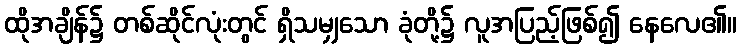
ထိုအချိန်၌ တစ်ဆိုင်လုံးတွင် ရှိသမျှသော ခုံတို့၌ လူအပြည့်ဖြစ်၍ နေလေ၏။